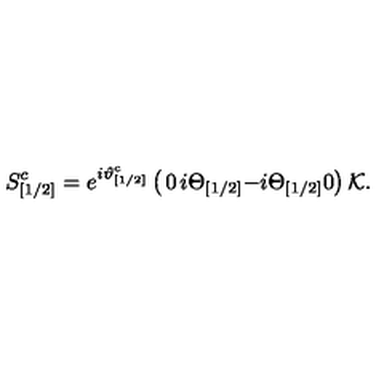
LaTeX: S _ { [ 1 / 2 ] } ^ { c } = e ^ { i \vartheta _ { [ 1 / 2 ] } ^ { c } } \left( \begin{matrix} { 0 } & { i \Theta _ { [ 1 / 2 ] } } \\ { - i \Theta _ { [ 1 / 2 ] } } & { 0 } \\ \end{matrix} \right) { \cal K } .